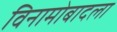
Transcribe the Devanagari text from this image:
विनामोबादला